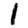
Digit: 1